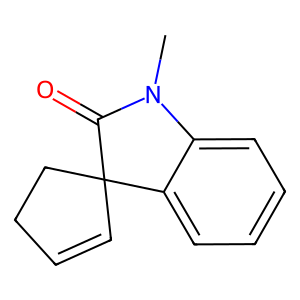
SMILES: CN1C(=O)C2(C=CCC2)c2ccccc21
Inhibits HIV replication: No